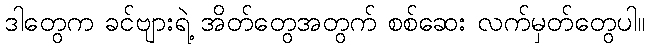
ဒါတွေက ခင်ဗျားရဲ့ အိတ်တွေအတွက် စစ်ဆေး လက်မှတ်တွေပါ။